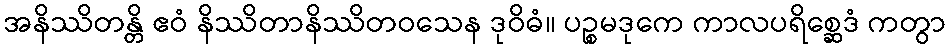
အနိဿိတန္တိ ဧဝံ နိဿိတာနိဿိတဝသေန ဒုဝိဓံ။ ပဉ္စမဒုကေ ကာလပရိစ္ဆေဒံ ကတွာ